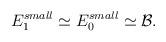
LaTeX: \begin{align*}E_1^{small}\simeq E_0^{small} \simeq {\cal B}.\end{align*}